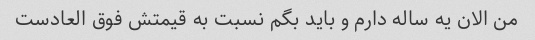
من الان یه ساله دارم و باید بگم نسبت به قیمتش فوق العادست